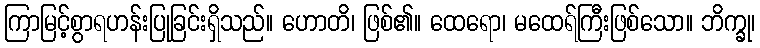
ကြာမြင့်စွာရဟန်းပြုခြင်းရှိသည်။ ဟောတိ၊ ဖြစ်၏။ ထေရော၊ မထေရ်ကြီးဖြစ်သော။ ဘိက္ခု၊